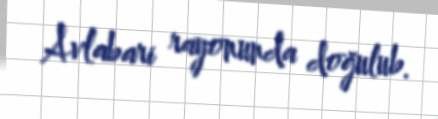
Avlabari rayonunda doğulub.